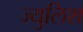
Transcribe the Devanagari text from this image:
ज्युलिश